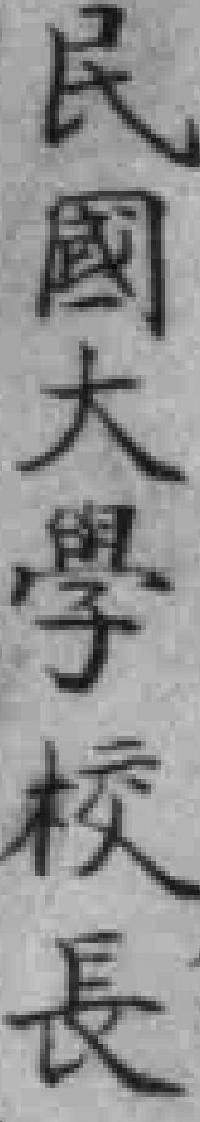
民國大學校長